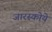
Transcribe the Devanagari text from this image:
जारस्कोये